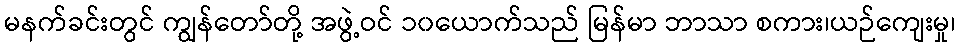
မနက်ခင်းတွင် ကျွန်တော်တို့ အဖွဲ့ဝင် ၁၀ယောက်သည် မြန်မာ ဘာသာ စကား၊ယဉ်ကျေးမှု၊